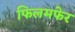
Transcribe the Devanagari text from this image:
फिलमफेर